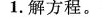
1.解方程。